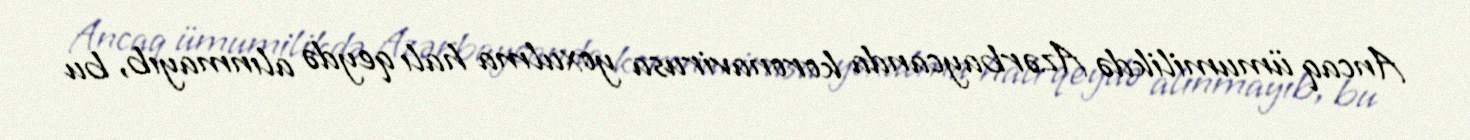
Ancaq ümumilikdə Azərbaycanda koronavirusa yoxulma halı qeydə alınmayıb, bu